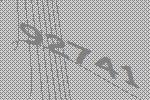
92741